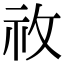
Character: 𥘦